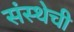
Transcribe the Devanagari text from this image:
संस्‍थेची